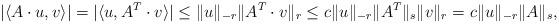
LaTeX: \begin{align*}|\langle A\cdot u,v\rangle | &= |\langle u, A^T\cdot v\rangle | \leq \|u\|_{-r} \|A^T\cdot v\|_r \leq c \|u\|_{-r} \|A^T\|_s \|v\|_r = c \|u\|_{-r} \|A\|_s,\end{align*}